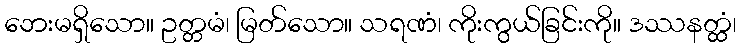
ဘေးမရှိသော။ ဥတ္တမံ၊ မြတ်သော။ သရဏံ၊ ကိုးကွယ်ခြင်းကို။ ဒဿနတ္ထံ၊